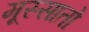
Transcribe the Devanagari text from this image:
मूस्सातो